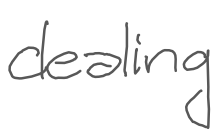
Text: dealing
Cross-out: clean
Writing tool: digital_gray